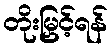
တိုးမြှင့်ရန်